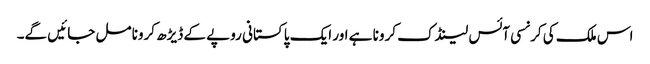
اس ملک کی کرنسی آئس لینڈک کرونا ہے اور ایک پاکستانی روپے کے ڈیڑھ کرونا مل جائیں گے۔